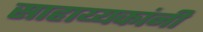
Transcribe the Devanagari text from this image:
साहाय्यकांनी